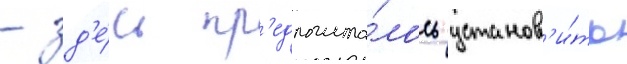
- зд'е́сь пр'едполага́лось установ'и́ть